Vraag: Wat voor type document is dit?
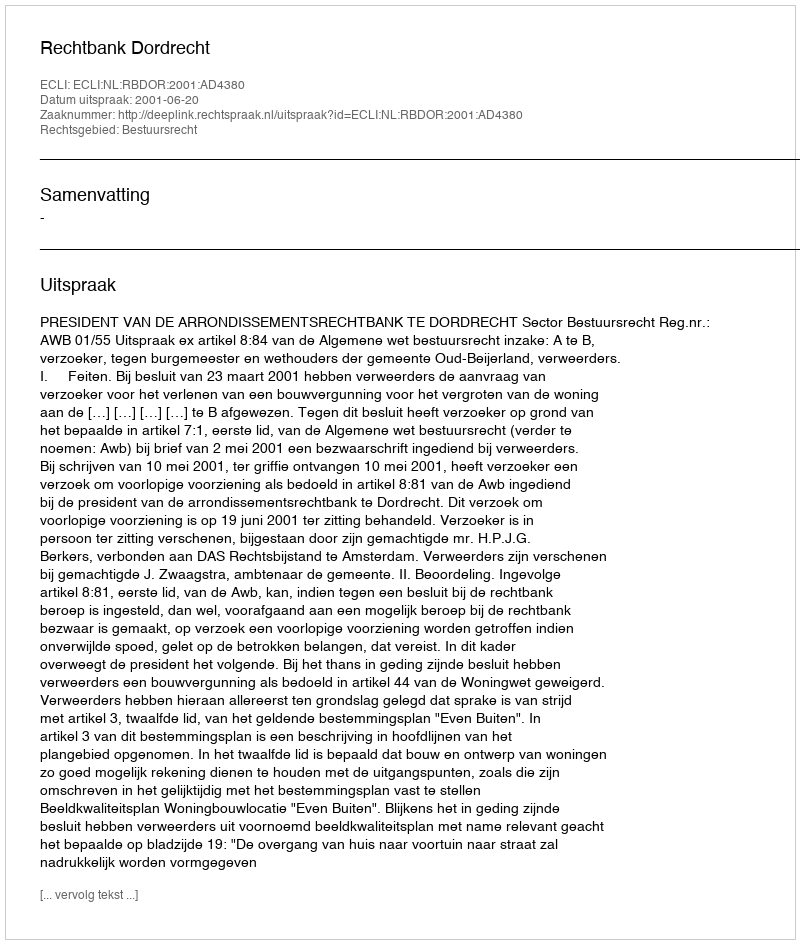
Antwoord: Uitspraak